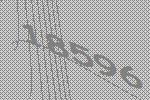
18596